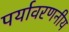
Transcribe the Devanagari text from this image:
पर्यावरणनीय